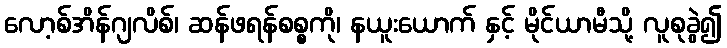
လော့စ်အိန်ဂျလိစ်၊ ဆန်ဖရန်စစ္စကို၊ နယူးယောက် နှင့် မိုင်ယာမီသို့ လူစုခွဲ၍